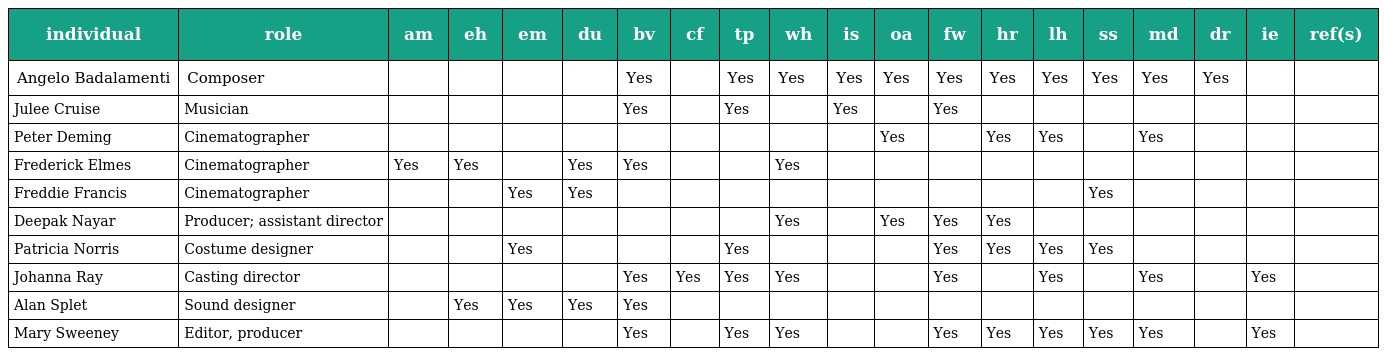
| individual | role | am | eh | em | du | bv | cf | tp | wh | is | oa | fw | hr | lh | ss | md | dr | ie | ref(s) |
 | --- | --- | --- | --- | --- | --- | --- | --- | --- | --- | --- | --- | --- | --- | --- | --- | --- | --- | --- | --- |
 | Angelo Badalamenti | Composer |  |  |  |  | Yes |  | Yes | Yes | Yes | Yes | Yes | Yes | Yes | Yes | Yes | Yes |  |  |
 | Julee Cruise | Musician |  |  |  |  | Yes |  | Yes |  | Yes |  | Yes |  |  |  |  |  |  |  |
 | Peter Deming | Cinematographer |  |  |  |  |  |  |  |  |  | Yes |  | Yes | Yes |  | Yes |  |  |  |
 | Frederick Elmes | Cinematographer | Yes | Yes |  | Yes | Yes |  |  | Yes |  |  |  |  |  |  |  |  |  |  |
 | Freddie Francis | Cinematographer |  |  | Yes | Yes |  |  |  |  |  |  |  |  |  | Yes |  |  |  |  |
 | Deepak Nayar | Producer; assistant director |  |  |  |  |  |  |  | Yes |  | Yes | Yes | Yes |  |  |  |  |  |  |
 | Patricia Norris | Costume designer |  |  | Yes |  |  |  | Yes |  |  |  | Yes | Yes | Yes | Yes |  |  |  |  |
 | Johanna Ray | Casting director |  |  |  |  | Yes | Yes | Yes | Yes |  |  | Yes |  | Yes |  | Yes |  | Yes |  |
 | Alan Splet | Sound designer |  | Yes | Yes | Yes | Yes |  |  |  |  |  |  |  |  |  |  |  |  |  |
 | Mary Sweeney | Editor, producer |  |  |  |  | Yes |  | Yes | Yes |  |  | Yes | Yes | Yes | Yes | Yes |  | Yes |  |